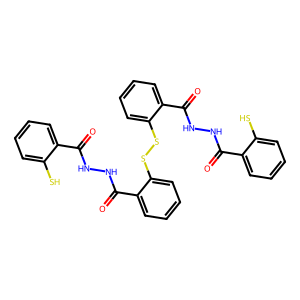
SMILES: O=C(NNC(=O)c1ccccc1SSc1ccccc1C(=O)NNC(=O)c1ccccc1S)c1ccccc1S
Inhibits HIV replication: Yes